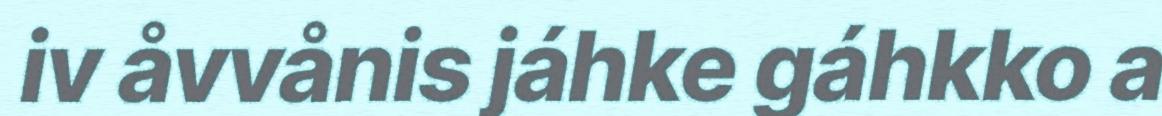
iv åvvånis jáhke gáhkko a